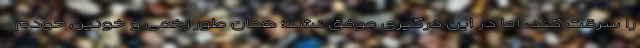
را سرقت کند، اما در این درگیری موفق نشد؛ همان طور زخمی و خونین خودم